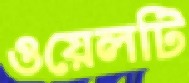
ওয়েলটি